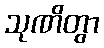
သုဏိတွာ